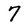
Character: 7